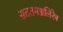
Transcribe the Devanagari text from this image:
सततमज्जलिरेष